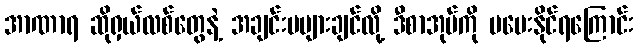
အာဏာရ ဆိုရှယ်လစ်တွေနဲ့ အချင်းမများချင်လို့ ဒီစာအုပ်ကို မပေးနိုင်ရကြောင်း